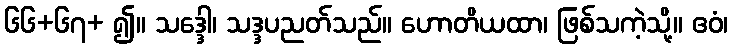
၆၆+၆၇+ ၍။ သဒ္ဒေါ၊ သဒ္ဒပညတ်သည်။ ဟောတိယထာ၊ ဖြစ်သကဲ့သို့။ ဧဝံ၊